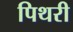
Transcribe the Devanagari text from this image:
पिथरी